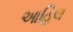
આહિલ